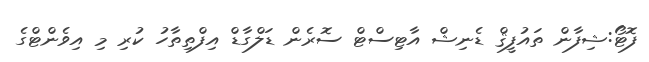
ފޮޓޯ:ޝިފާން ތައުފީޤް ޑެނިޝް އާޓިސްޓް ސޮރެން ޑަލްގާޑް އިފްތިތާހު ކުރި މި އިވެންޓްގެ